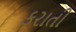
કરાતી